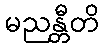
မညန္တီတိ